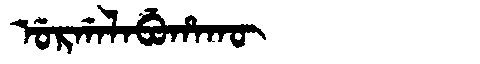
Manchu: ᡠᡵᡤᠠᠯᠠᠪᡠᡥᠠᡴᡡ
Romanization: URGALABUHAKŪ